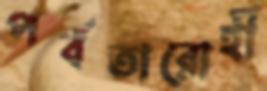
পর্বতারোহী